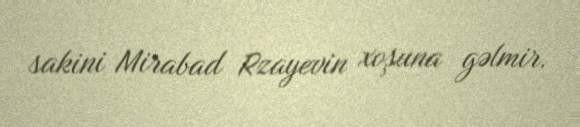
sakini Mirabad Rzayevin xoşuna gəlmir.